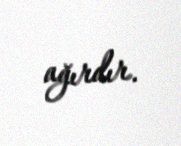
ağırdır.